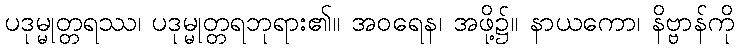
ပဒုမ္မုတ္တရဿ၊ ပဒုမ္မုတ္တရဘုရား၏။ အဝရေန၊ အဖို့၌။ နာယကော၊ နိဗ္ဗာန်ကို